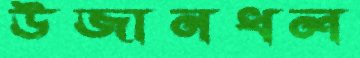
উজানধল